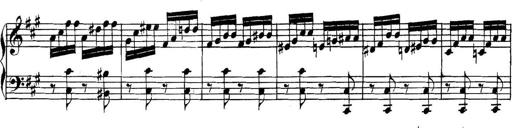
Title: Collected Piano Sonatas
Composer: Muzio Clementi